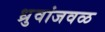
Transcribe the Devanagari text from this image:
ध्रुवांजवळ